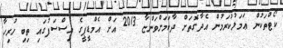
ކޯޓްތަކުން ޢަމަލުކުރަމުން އެދާގޮތަށް ދާކަމަށްވަންޏާ 2013 އަށް އެމްޑީޕީގެ އިސްސަފުގައި ތިބި ހުރިހާ